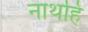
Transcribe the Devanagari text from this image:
नाथहि